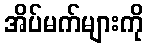
အိပ်မက်များကို